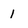
Character: 1